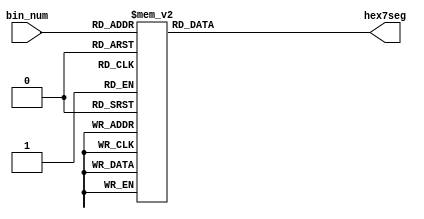
// Conversor Binrio - Hexadecimal em display de 7 segmentos

module bin2disp_hex ( input      [3:0] bin_num,
							 output reg [6:0] hex7seg );

	always @ (bin_num) begin
		case(bin_num)
			4'b0000 : hex7seg = 7'b1000000; //0
			4'b0001 : hex7seg = 7'b1111001; //1
			4'b0010 : hex7seg = 7'b0100100; //2
			4'b0011 : hex7seg = 7'b0110000; //3
			4'b0100 : hex7seg = 7'b0011001; //4 
			4'b0101 : hex7seg = 7'b0010010; //5
			4'b0110 : hex7seg = 7'b0000010; //6
			4'b0111 : hex7seg = 7'b1111000; //7
			4'b1000 : hex7seg = 7'b0000000; //8
			4'b1001 : hex7seg = 7'b0010000; //9
			4'b1010 : hex7seg = 7'b0001000; //A
			4'b1011 : hex7seg = 7'b0000011; //B
			4'b1100 : hex7seg = 7'b1000110; //C
			4'b1101 : hex7seg = 7'b0100001; //D
			4'b1110 : hex7seg = 7'b0000110; //E
			4'b1111 : hex7seg = 7'b0001110; //F
			default : hex7seg = 7'b0000000;
		endcase
	end
							 
endmodule